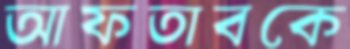
আফতাবকে